Insane asylums in Bengal annual reports 1867-1875 - 1867-1875
Year: 1867
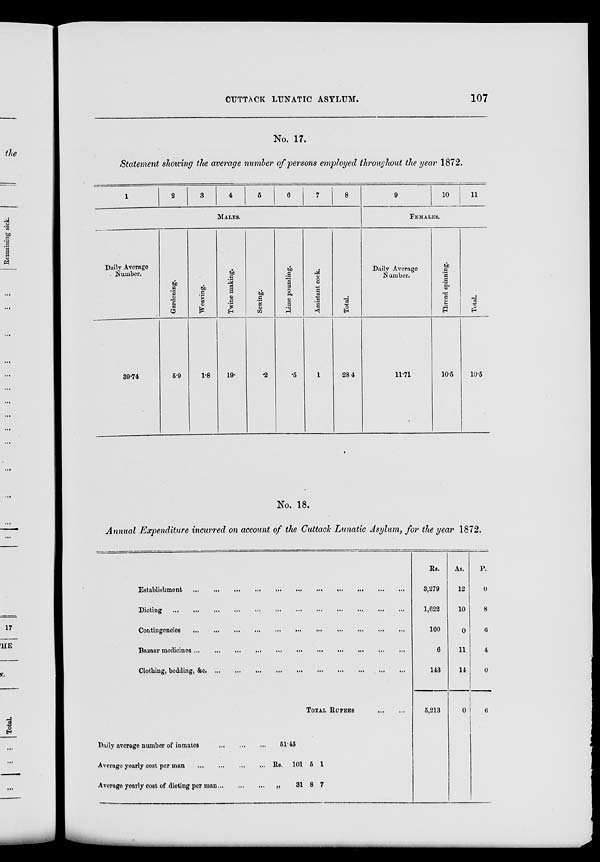
CUTTACK LUNATIC ASYLUM.
107
No. 17.
Statement showing the average number of persons employed throughout the year 1872.
1
Daily Average
Number.
39.74
2
3
4
6
6
7
8
MALES.
Gardening.
5.9
Weaving.
1.8
Twine making.
19.
Sewing.
.2
Lime pounding.
.5
Assistant cook.
1
Total.
28.4
9
10
11
FEMALES.
Daily Average
Number.
11.71
Thread spinning.
10.5
Total.
10.5
No. 18.
Annual Expenditure incurred on account of the Cuttach Lunatic Asylum, for the year 1872.
Establishment
...
...
...
...
...
...
...
...
...
...
...
...
...
Dieting ... ... ... ... ... ... ... ... ... ... ... ... ... ... ...
Contingencies
...
...
...
...
...
...
...
...
...
...
...
...
Bazaar medicines
...
...
...
...
...
...
...
...
...
...
...
Clothing, bedding,
&c.
...
...
...
...
...
...
...
...
...
TOTAL RUPEES
...
...
Daily average number of inmates
...
...
...
...
Average yearly cost per man ... ... ... ... ... ...
Average yearly cost of dieting per man ... ... ...
51.45
Rs.
„
101
31
5
8
1
7
Rs.
3,279
1,622
160
6
143
5,213
As.
12
10
0
11
14
0
P.
0
8
6
4
0
6